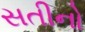
સતીનો